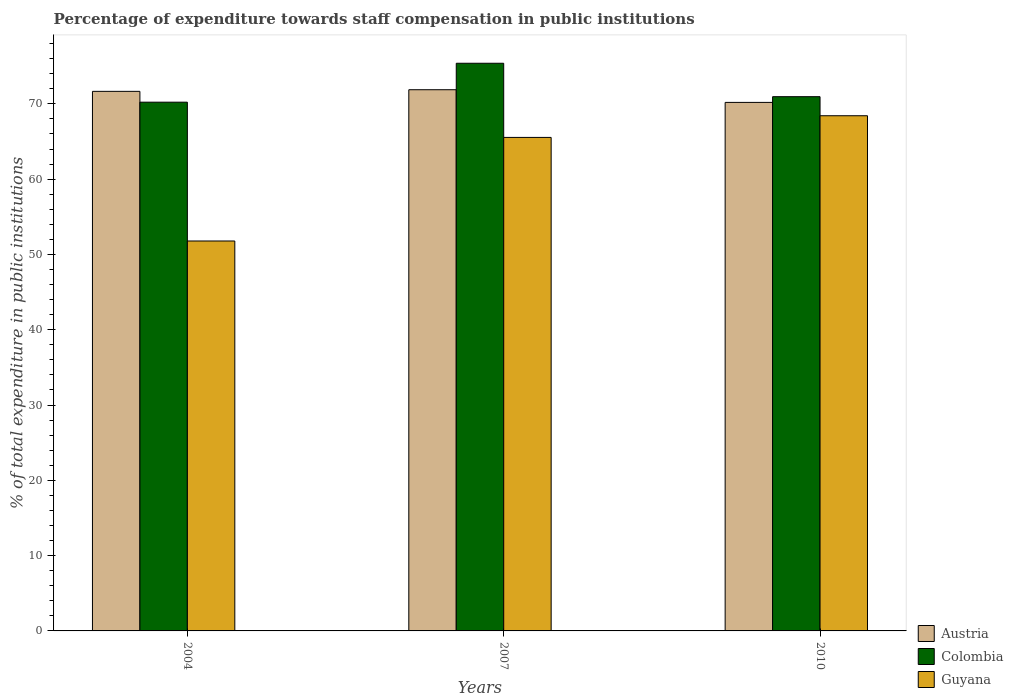
| Years | Austria | Colombia | Guyana |
 | --- | --- | --- | --- |
 | 2004 | 71.7 | 70.2 | 51.8 |
 | 2007 | 71.9 | 75.4 | 65.5 |
 | 2010 | 70.2 | 71 | 68.4 |